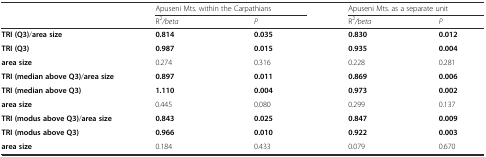
|  | <COLSPAN=2> Apuseni Mts. within the Carpathians | <COLSPAN=2> Apuseni Mts. as a separate unit |
 |  | R2/beta | P | R2/beta | P |
 | --- | --- | --- | --- | --- |
 | TRI (Q3)/area size | 0.814 | 0.035 | 0.830 | 0.012 |
 | TRI (Q3) | 0.987 | 0.015 | 0.935 | 0.004 |
 | area size | 0.274 | 0.316 | 0.228 | 0.281 |
 | TRI (median above Q3)/area size | 0.897 | 0.011 | 0.869 | 0.006 |
 | TRI (median above Q3) | 1.110 | 0.004 | 0.973 | 0.002 |
 | area size | 0.445 | 0.080 | 0.299 | 0.137 |
 | TRI (modus above Q3)/area size | 0.843 | 0.025 | 0.847 | 0.009 |
 | TRI (modus above Q3) | 0.966 | 0.010 | 0.922 | 0.003 |
 | area size | 0.184 | 0.433 | 0.079 | 0.670 |